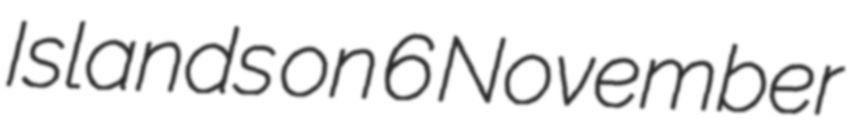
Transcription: Islands on 6 November